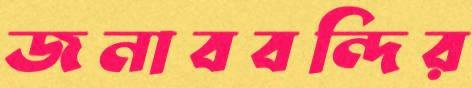
জনাববন্দির